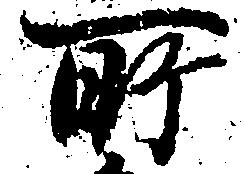
所